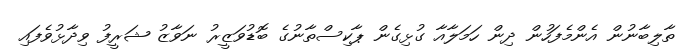
ތާލިބާނުން އެންމެފަހުން ދިން ހަމަލާއާ ގުޅިގެން ޕާކިސްތާނުގެ ބޮޑުވަޒީރު ނަވާޒު ޝަރީފު ވިދާޅުވެފައި